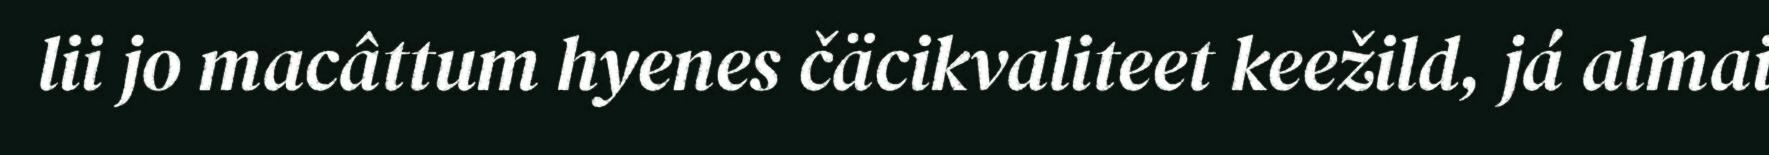
lii jo macâttum hyenes čäcikvaliteet keežild, já almai